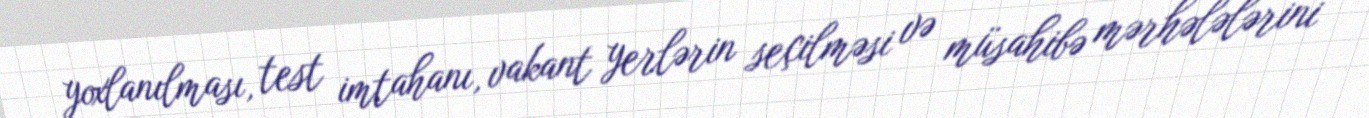
yoxlanılması, test imtahanı, vakant yerlərin seçilməsi və müsahibə mərhələlərini